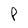
Character: P